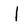
Character: I